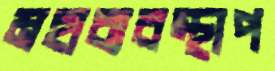
মহাব্যবস্থাপ